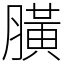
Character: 䐵